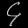
Digit: ၄